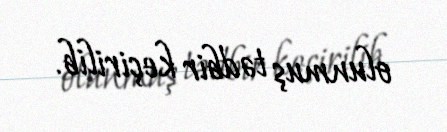
olunmuş tədbir keçirilib.